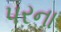
પરના